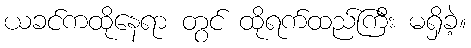
ယခင်ကထိုနေရာ တွင် ထိုရက်ထည်ကြီး မရှိခဲ့။